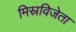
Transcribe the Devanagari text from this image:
मिस्रविजेता